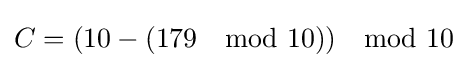
C=(10-(179\mod 10))\mod 10